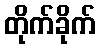
တိုက်ခိုက်